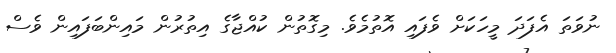
ނުވަތަ އެފަދަ މީހަކަށް ވެފައި އޮތުމެވެ. މިގޮތުން ކުއްޖާގެ އިތުރުން މައިންބަފައިން ވެސް